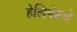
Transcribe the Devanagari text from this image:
हेलिपॅडचे